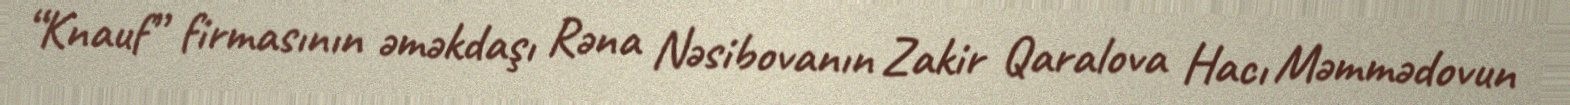
“Knauf” firmasının əməkdaşı Rəna Nəsibovanın Zakir Qaralova Hacı Məmmədovun